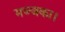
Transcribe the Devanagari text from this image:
मज्जका।